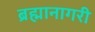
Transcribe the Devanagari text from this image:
ब्रह्मानागरी